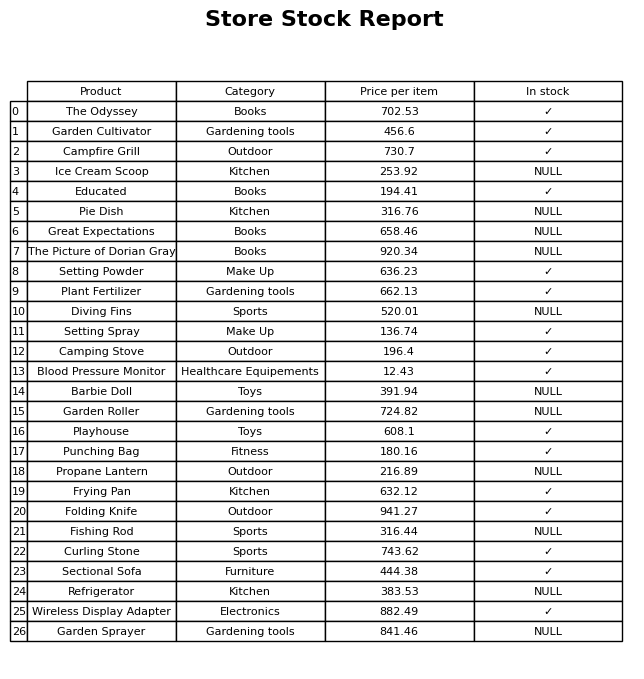
question: Which products are currently out of stock?
answer: Ice Cream Scoop, Pie Dish, Great Expectations, The Picture of Dorian Gray, Diving Fins, Barbie Doll, Garden Roller, Propane Lantern, Fishing Rod, Refrigerator, Garden Sprayer